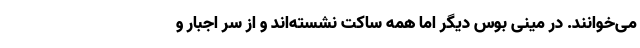
می‌خوانند. در مینی بوس دیگر اما همه ساکت نشسته‌اند و از سر اجبار و